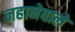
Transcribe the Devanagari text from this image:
नहानेवाले